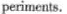
periments.